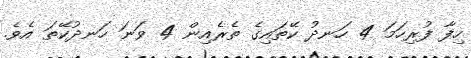
ހިފާ ފުރިހަމަ 4 ހަނދު ކޭތައިގެ ތެރެއިން 4 ވަނަ ހަނދުކޭތަ އެވެ.